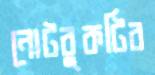
নোটবুকটির